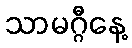
သာမဂ္ဂီနေ့